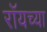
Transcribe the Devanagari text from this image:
रॉयच्या